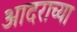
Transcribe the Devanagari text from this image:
आदराच्या